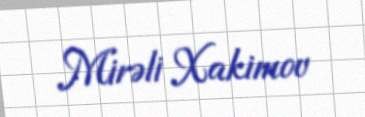
Mirəli Xakimov